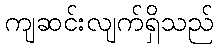
ကျဆင်းလျက်ရှိသည်